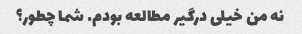
نه من خیلی درگیر مطالعه بودم. شما چطور؟